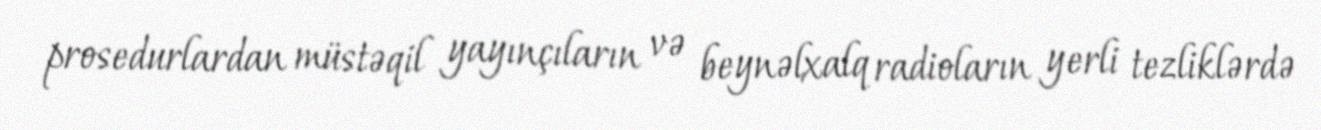
prosedurlardan müstəqil yayınçıların və beynəlxalq radioların yerli tezliklərdə